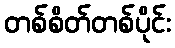
တစ်စိတ်တစ်ပိုင်း